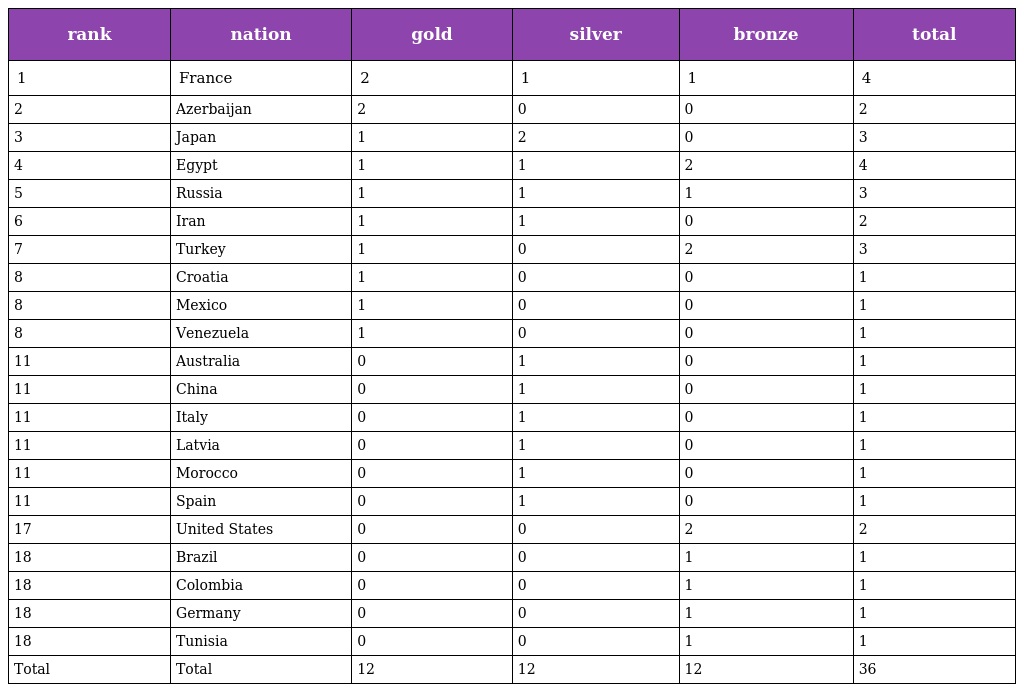
| rank | nation | gold | silver | bronze | total |
 | --- | --- | --- | --- | --- | --- |
 | 1 | France | 2 | 1 | 1 | 4 |
 | 2 | Azerbaijan | 2 | 0 | 0 | 2 |
 | 3 | Japan | 1 | 2 | 0 | 3 |
 | 4 | Egypt | 1 | 1 | 2 | 4 |
 | 5 | Russia | 1 | 1 | 1 | 3 |
 | 6 | Iran | 1 | 1 | 0 | 2 |
 | 7 | Turkey | 1 | 0 | 2 | 3 |
 | 8 | Croatia | 1 | 0 | 0 | 1 |
 | 8 | Mexico | 1 | 0 | 0 | 1 |
 | 8 | Venezuela | 1 | 0 | 0 | 1 |
 | 11 | Australia | 0 | 1 | 0 | 1 |
 | 11 | China | 0 | 1 | 0 | 1 |
 | 11 | Italy | 0 | 1 | 0 | 1 |
 | 11 | Latvia | 0 | 1 | 0 | 1 |
 | 11 | Morocco | 0 | 1 | 0 | 1 |
 | 11 | Spain | 0 | 1 | 0 | 1 |
 | 17 | United States | 0 | 0 | 2 | 2 |
 | 18 | Brazil | 0 | 0 | 1 | 1 |
 | 18 | Colombia | 0 | 0 | 1 | 1 |
 | 18 | Germany | 0 | 0 | 1 | 1 |
 | 18 | Tunisia | 0 | 0 | 1 | 1 |
 | Total | Total | 12 | 12 | 12 | 36 |